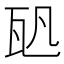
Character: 𤬨